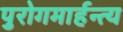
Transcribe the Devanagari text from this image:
पुरोगमार्हन्त्य